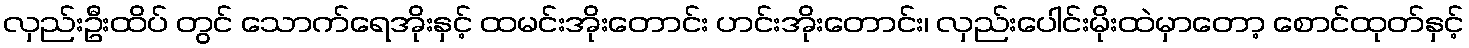
လှည်းဦးထိပ် တွင် သောက်ရေအိုးနှင့် ထမင်းအိုးတောင်း ဟင်းအိုးတောင်း၊ လှည်းပေါင်းမိုးထဲမှာတော့ စောင်ထုတ်နှင့်